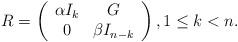
LaTeX: \begin{align*}R=\left(\begin{array}{cc}\alpha I_k & G \\ 0 & \beta I_{n-k} \\\end{array}\right),1 \leq k < n.\end{align*}